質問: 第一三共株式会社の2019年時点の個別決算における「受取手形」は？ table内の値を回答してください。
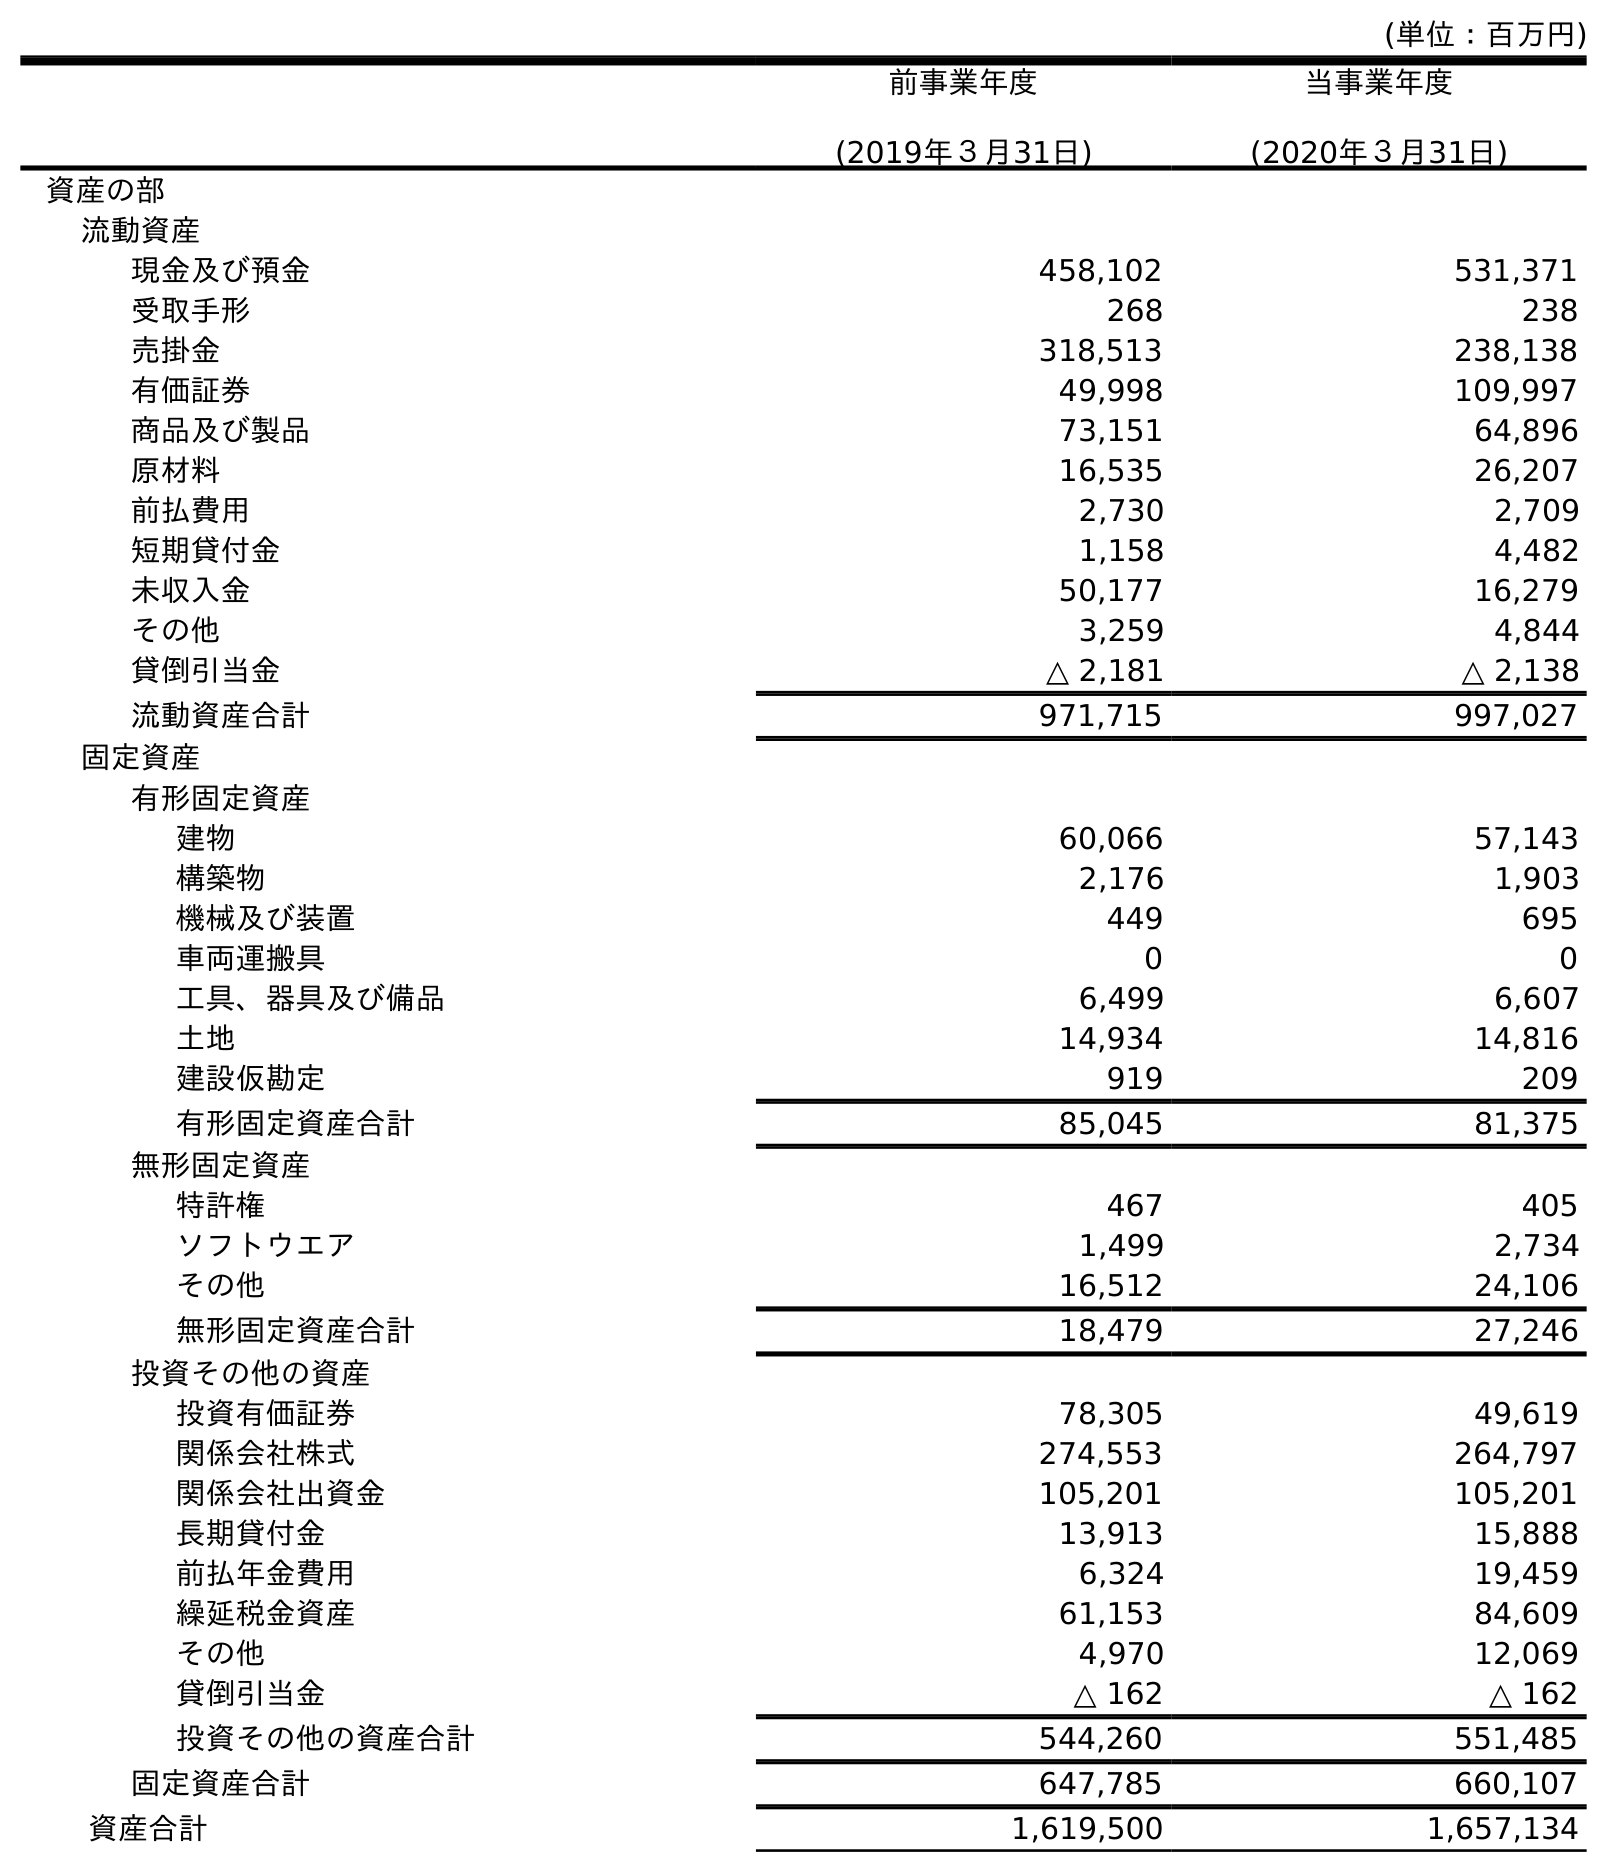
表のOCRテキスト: (単位：百万円) 前事業年度 (2019年３月31日) 当事業年度 (2020年３月31日) 資産の部 流動資産 現金及び預金 458,102 531,371 受取手形 268 238 売掛金 318,513 238,138 有価証券 49,998 109,997 商品及び製品 73,151 64,896 原材料 16,535 26,207 前払費用 2,730 2,709 短期貸付金 1,158 4,482 未収入金 50,177 16,279 その他 3,259 4,844 貸倒引当金 △ 2,181 △ 2,138 流動資産合計 971,715 997,027 固定資産 有形固定資産 建物 60,066 57,143 構築物 2,176 1,903 機械及び装置 449 695 車両運搬具 0 0 工具、器具及び備品 6,499 6,607 土地 14,934 14,816 建設仮勘定 919 209 有形固定資産合計 85,045 81,375 無形固定資産 特許権 467 405 ソフトウエア 1,499 2,734 その他 16,512 24,106 無形固定資産合計 18,479 27,246 投資その他の資産 投資有価証券 78,305 49,619 関係会社株式 274,553 264,797 関係会社出資金 105,201 105,201 長期貸付金 13,913 15,888 前払年金費用 6,324 19,459 繰延税金資産 61,153 84,609 その他 4,970 12,069 貸倒引当金 △ 162 △ 162 投資その他の資産合計 544,260 551,485 固定資産合計 647,785 660,107 資産合計 1,619,500 1,657,134
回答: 268